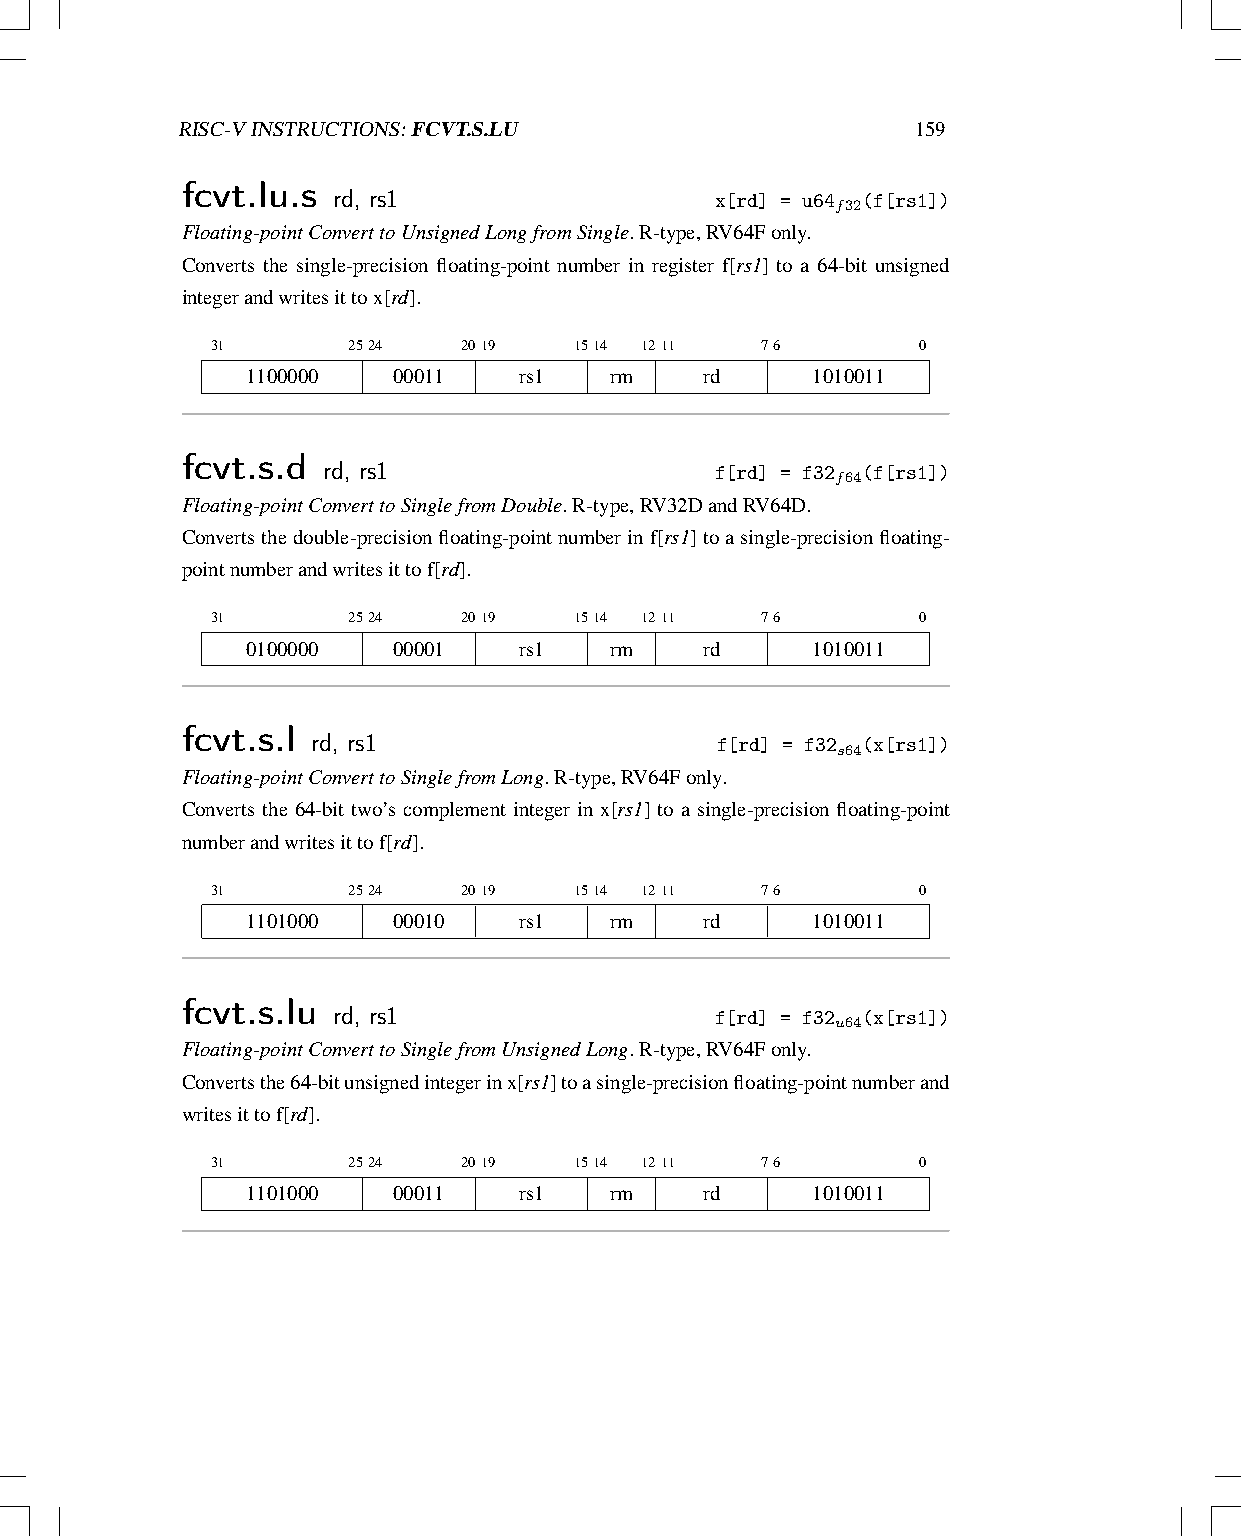
RISC-VINSTRUCTIONS:FCVT.S.LU                     159
 fcvt.lu.s rd, rs1
 x[rd] = u64f32(f[rs1])
 Floating-pointConverttoUnsignedLongfromSingle.R-type,RV64Fonly.
 Converts the single-precision floating-point number in register f[rs1] to a 64-bit unsigned
 integerandwritesittox[rd].
 31       2524    2019   1514 1211   76         0
 1100000   00011   rs1   rm     rd     1010011
 fcvt.s.d rd, rs1
 f[rd] = f32f64(f[rs1])
 Floating-pointConverttoSinglefromDouble.R-type,RV32DandRV64D.
 Convertsthedouble-precisionfloating-pointnumberinf[rs1]toasingle-precisionfloating-
 pointnumberandwritesittof[rd].
 31       2524    2019   1514 1211   76         0
 0100000   00001   rs1   rm     rd     1010011
 fcvt.s.l rd, rs1
 f[rd] = f32s64(x[rs1])
 Floating-pointConverttoSinglefromLong.R-type,RV64Fonly.
 Converts the 64-bit two’s complement integer in x[rs1] to a single-precision floating-point
 numberandwritesittof[rd].
 31       2524    2019   1514 1211   76         0
 1101000   00010   rs1   rm     rd     1010011
 fcvt.s.lu rd, rs1
 f[rd] = f32u64(x[rs1])
 Floating-pointConverttoSinglefromUnsignedLong.R-type,RV64Fonly.
 Convertsthe64-bitunsignedintegerinx[rs1]toasingle-precisionfloating-pointnumberand
 writesittof[rd].
 31       2524    2019   1514 1211   76         0
 1101000   00011   rs1   rm     rd     1010011